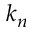
k _ { n }